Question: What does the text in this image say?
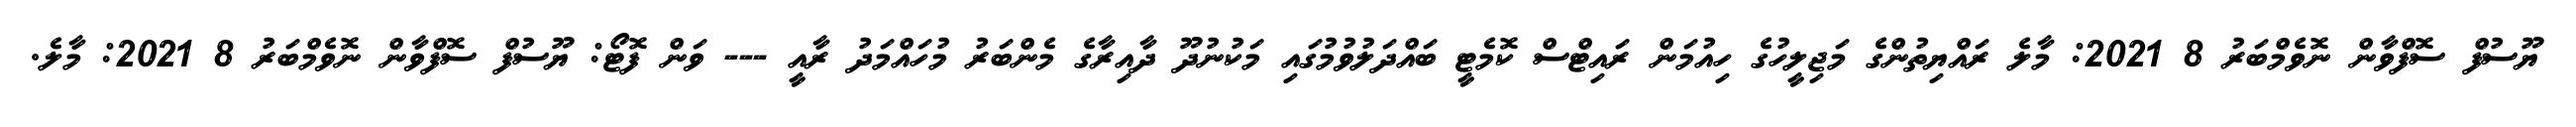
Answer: ޔޫސުފް ސޮފްވާން ނޮވެމްބަރު 8 2021: މާލެ ރައްޔިތުންގެ މަޖިލީހުގެ ހިއުމަން ރައިޓްސް ކޮމެޓީ ބައްދަލުވުމުގައި މަކުނުދޫ ދާއިރާގެ މެންބަރު މުހައްމަދު ރާއީ --- ވަން ފޮޓޯ: ޔޫސުފް ސޮފްވާން ނޮވެމްބަރު 8 2021: މާލެ.